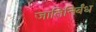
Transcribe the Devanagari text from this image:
जातिनिर्बंध